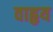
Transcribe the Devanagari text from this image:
वाहृय